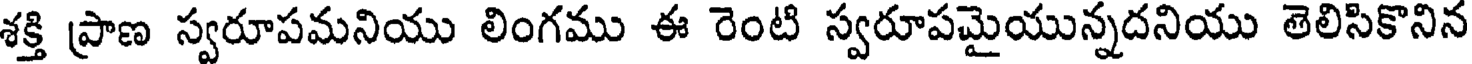
శక్తి ప్రాణ స్వరూపమనియు లింగము ఈ రెంటి స్వరూపమైయున్నదనియు తెలిసికొనిన